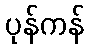
ပုန်ကန်